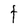
Character: t